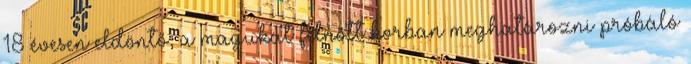
18 évesen eldöntő, a magukat felnőtt korban meghatározni próbáló